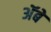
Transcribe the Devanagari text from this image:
ॲबे